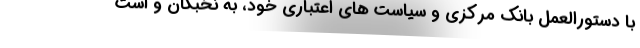
با دستورالعمل بانک مرکزی و سیاست های اعتباری خود، به نخبگان و است